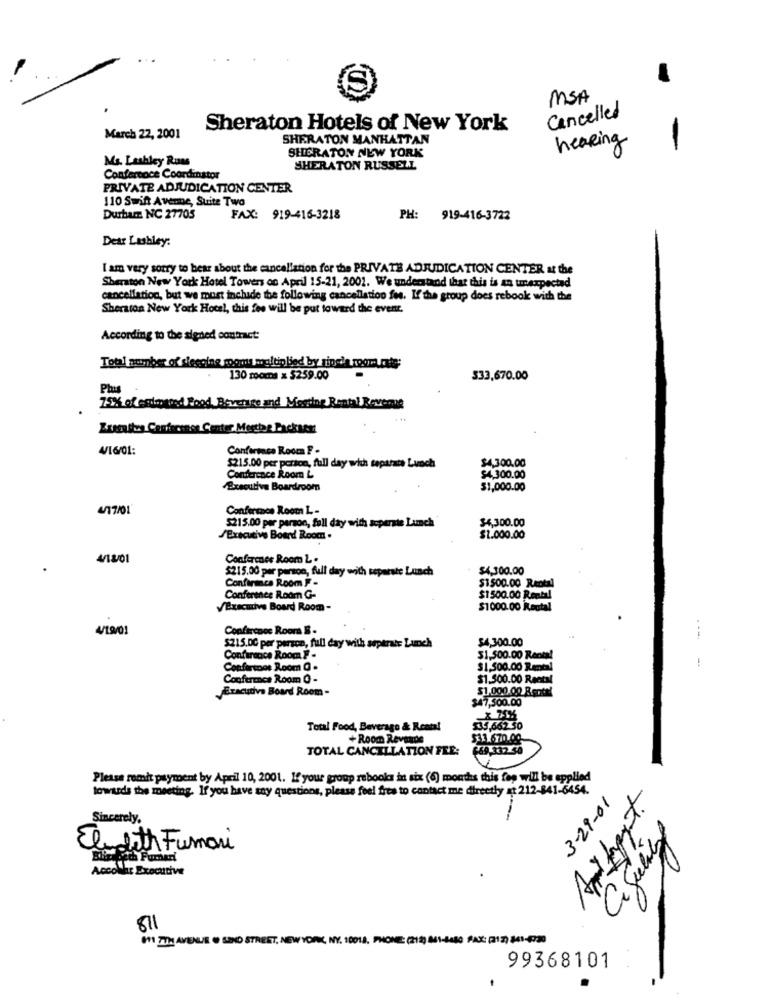
MSA
Cancelled
Sheraton Hotels of New York
March 22, 2001
SHERATON MANHATTAN
hearing
SHERATON NEW YORK
Ms. Lashley Rums
SHERATON RUSSELL
Confercoce Coordinator
PRIVATE ADJUDICATION CENTER
110 Swift Avenne, Suite Two
Durharz NC 27705
FAX: 919-416-3218
PH: 919-416-3722
Dear Lashley:
I am very sorry to hear about the cancellation for the PRIVATE ADJUDICATION CENTER at the
Sheraton New York Hotel Towers on April 15-21, 2001. We understand that this is an umexpected
cancellation, but we must inchide the following cancellation fee. If the group does rebook with the
Sheraton New York Hotel, this fee will be put toward the event.
According to the signed contract:
Total number of slecoine moom multiplied by ripel room cute;
130 moms x 5259.00
533,670.00
Plus
7.5% of extraned Food Revoluce and Meeting Rental Revenue
Kreaty Conference Center Mercier Packen
4/16/01:
Confermace Roden F .
$4,300.00
$215.00 per person, full day with separate Lunch
Conference Room L
$4,300.00
Executive Boardroom
$1,000.00
4/17/01
Conference Room L -
$4,300.00
$215.00 per person, fall day with seperate Lunch
/Executive Board Room .
$1.000.00
4/1801
Conference Room Z .
$215.00 per person, full day with separate Lunch
$4,300.00
Confirmca Room F .
$1 500.00 RAD
Conference Rodr G-
$1500.00 Rental
VExecutive Board Room-
$1000.00 Keut
4/19/01
Conference Roors B-
...
$215.00 per person, full day with arptrate Luch
$4,300.00
Conference Room F .
$1,500.00 Rental
Conference Room G .
$1,500.00 Rental
Conference Room O -
$1.500.00 Rectal
Executive Board Room -
$1,000.00 Rental
$47,500.00
Total Food, Beverage & Rental
535,662.50
+ Room Revende
TOTAL CANCELLATION FEE:
669 332.50
Please remit payment by April 10, 2001. If your group rebooks in six (6) months this fep will be applied
towards the meeting. If you have any questions, please feel free to contact me directly at 212-841-6454.
3-29-01
Sincerely,
Ce Julity
Eledith Fumari
orth Fumeri
AccoNur Executive
811
'1 THR AVENUE OF SIND STREET, NEWYORK, NY. 10018, PHONE:(21) 41-44
FAX: (212) 841-4730
99368101